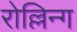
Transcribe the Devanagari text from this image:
रोल्लिन्ग